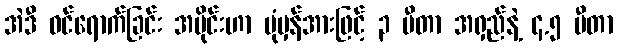
အဲဒီ ဝင်ရောက်ခြင်း အပိုင်းဟာ ပုံမှန်အားဖြင့် ၃ မီတာ အရှည်နဲ့ ၄.၅ မီတာ